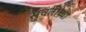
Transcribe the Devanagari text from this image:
सवतीच्या